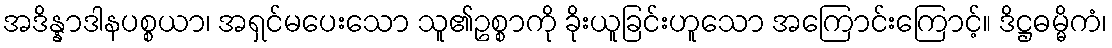
အဒိန္နာဒါနပစ္စယာ၊ အရှင်မပေးသော သူ၏ဥစ္စာကို ခိုးယူခြင်းဟူသော အကြောင်းကြောင့်။ ဒိဋ္ဌဓမ္မိကံ၊